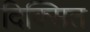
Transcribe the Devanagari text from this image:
दिक्सित